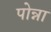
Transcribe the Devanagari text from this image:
पोन्ना